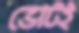
ভোটই